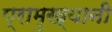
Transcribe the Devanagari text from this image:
प्रामुख्यानी